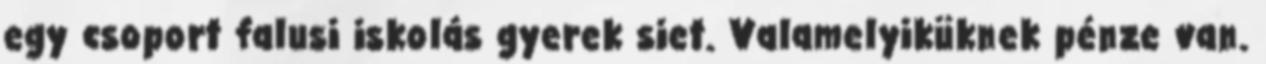
egy csoport falusi iskolás gyerek siet. Valamelyiküknek pénze van.